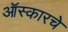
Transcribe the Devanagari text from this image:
ऑस्कारचे